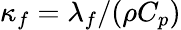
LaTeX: \kappa_{f}=\lambda_{f}/(\rho C_{p})